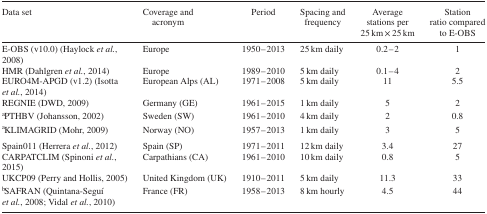
<table><thead><tr><td><b>Data set</b></td><td><b>Coverage and acronym</b></td><td><b>Period</b></td><td><b>Spacing and frequency</b></td><td><b>Average stations per 25 km × 25 km</b></td><td><b>Station ratio compared to E‐OBS</b></td></tr></thead><tbody><tr><td>E‐OBS (v10.0) (Haylock <i>et al.</i>, 2008)</td><td>Europe</td><td>1950–2013</td><td>25 km daily</td><td>0.2–2</td><td>1</td></tr><tr><td>HMR (Dahlgren <i>et al.</i>, 2014)</td><td>Europe</td><td>1989–2010</td><td>5 km daily</td><td>0.1–4</td><td>2</td></tr><tr><td>EURO4M‐APGD (v1.2) (Isotta <i>et al.</i>, 2014)</td><td>European Alps (AL)</td><td>1971–2008</td><td>5 km daily</td><td>11</td><td>5.5</td></tr><tr><td>REGNIE (DWD, 2009)</td><td>Germany (GE)</td><td>1961–2015</td><td>1 km daily</td><td>5</td><td>2</td></tr><tr><td>aPTHBV (Johansson, 2002)</td><td>Sweden (SW)</td><td>1961–2010</td><td>4 km daily</td><td>2</td><td>0.8</td></tr><tr><td>aKLIMAGRID (Mohr, 2009)</td><td>Norway (NO)</td><td>1957–2013</td><td>1 km daily</td><td>3</td><td>5</td></tr><tr><td>Spain011 (Herrera <i>et al.</i>, 2012)</td><td>Spain (SP)</td><td>1971–2011</td><td>12 km daily</td><td>3.4</td><td>27</td></tr><tr><td>CARPATCLIM (Spinoni <i>et al.</i>, 2015)</td><td>Carpathians (CA)</td><td>1961–2010</td><td>10 km daily</td><td>0.8</td><td>5</td></tr><tr><td>UKCP09 (Perry and Hollis, 2005)</td><td>United Kingdom (UK)</td><td>1910–2011</td><td>5 km daily</td><td>11.3</td><td>33</td></tr><tr><td>bSAFRAN (Quintana‐Seguí <i>et al.</i>, 2008; Vidal <i>et al.</i>, 2010)</td><td>France (FR)</td><td>1958–2013</td><td>8 km hourly</td><td>4.5</td><td>44</td></tr></tbody></table>